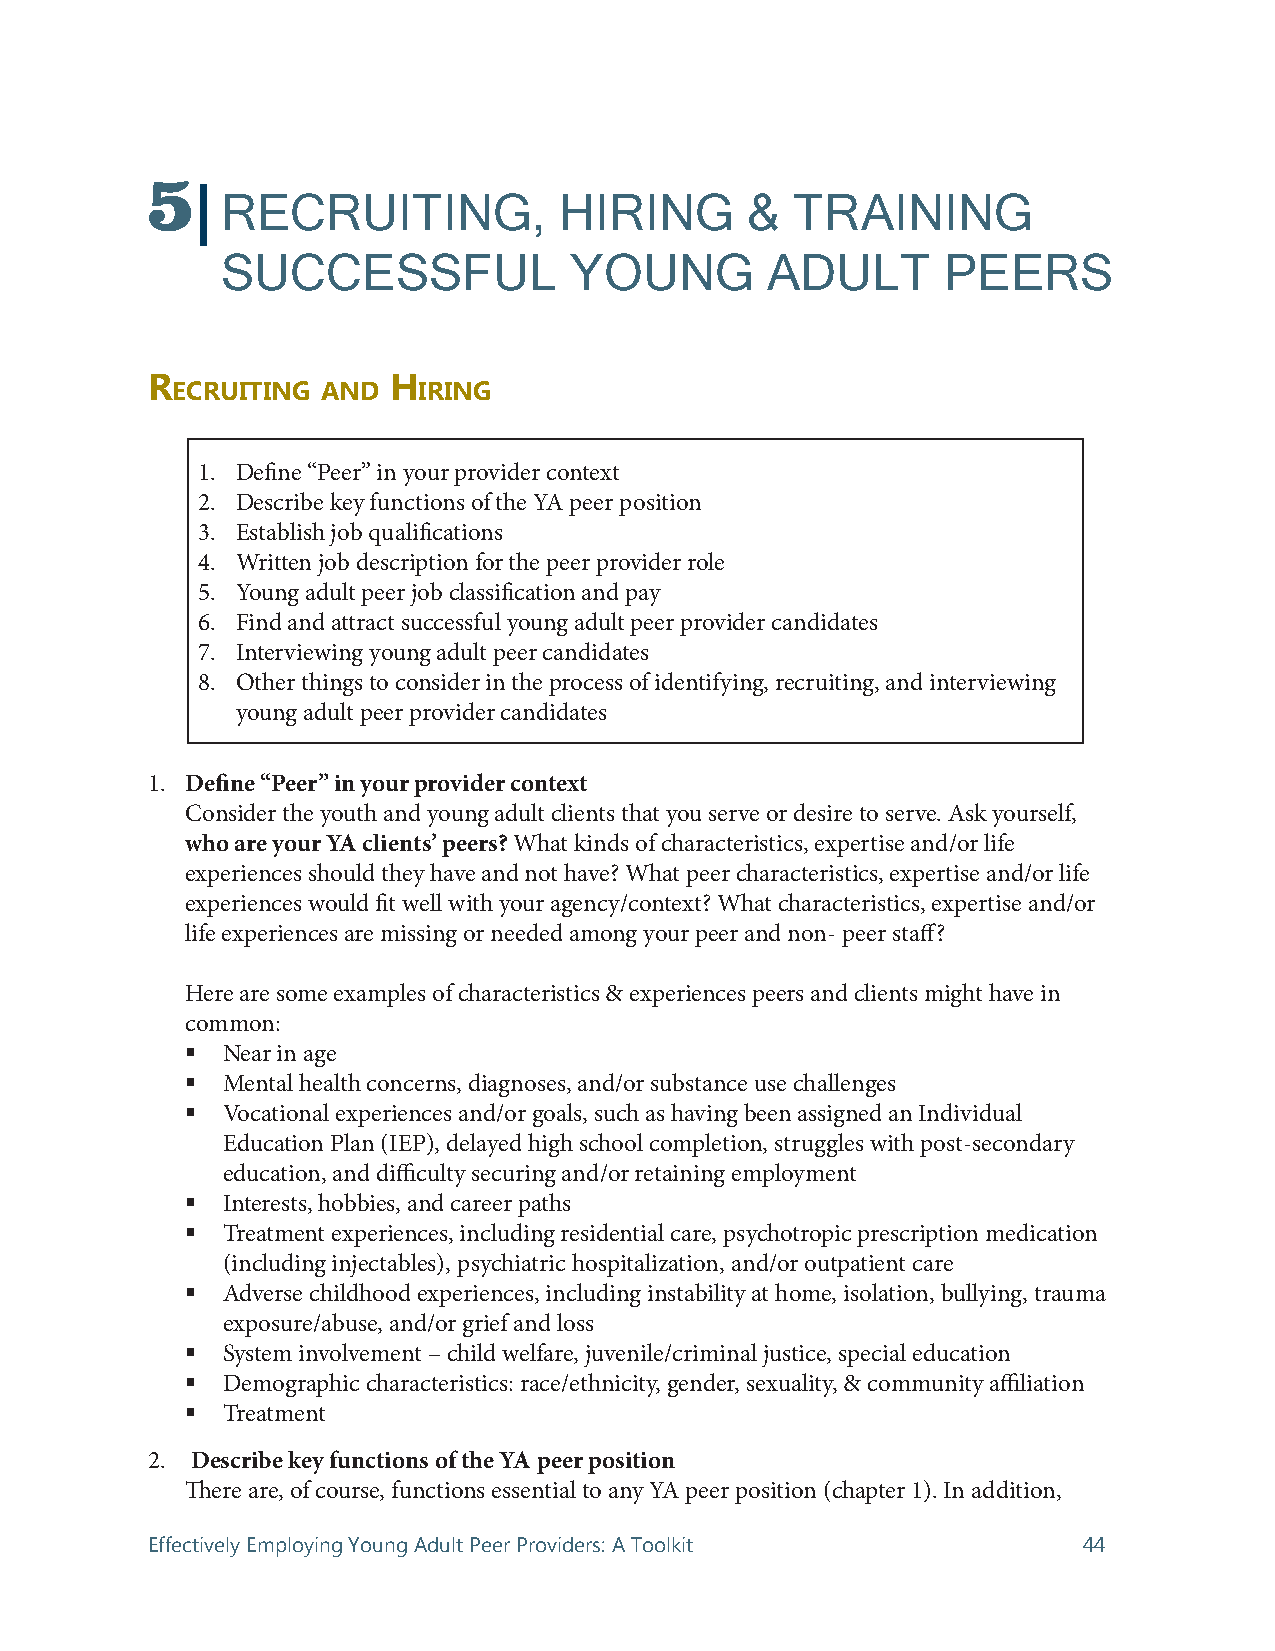
5
 RECRUITING,           HIRING      &   TRAINING
 SUCCESSFUL             YOUNG        ADULT       PEERS
 r               h
 eCruiting And    iring
 1. Define “Peer” in your provider context
 2. Describe key functions of the YA peer position
 3. Establish job qualifications
 4. Written job description for the peer provider role
 5. Young adult peer job classification and pay
 6. Find and attract successful young adult peer provider candidates
 7. Interviewing young adult peer candidates
 8. Other things to consider in the process of identifying, recruiting, and interviewing
 young adult peer provider candidates
 1. Define “Peer” in your provider context
 Consider the youth and young adult clients that you serve or desire to serve. Ask yourself,
 who are your YA clients’ peers? What kinds of characteristics, expertise and/or life
 experiences should they have and not have? What peer characteristics, expertise and/or life
 experiences would fit well with your agency/context? What characteristics, expertise and/or
 life experiences are missing or needed among your peer and non- peer staff?
 Here are some examples of characteristics & experiences peers and clients might have in
 common:
   Near in age
   Mental health concerns, diagnoses, and/or substance use challenges
   Vocational experiences and/or goals, such as having been assigned an Individual
 Education Plan (IEP), delayed high school completion, struggles with post-secondary
 education, and difficulty securing and/or retaining employment
   Interests, hobbies, and career paths
   Treatment experiences, including residential care, psychotropic prescription medication
 (including injectables), psychiatric hospitalization, and/or outpatient care
   Adverse childhood experiences, including instability at home, isolation, bullying, trauma
 exposure/abuse, and/or grief and loss
   System involvement – child welfare, juvenile/criminal justice, special education
   Demographic characteristics: race/ethnicity, gender, sexuality, & community affiliation
   Treatment
 2. Describe key functions of the YA peer position
 There are, of course, functions essential to any YA peer position (chapter 1). In addition,
 Effectively Employing Young Adult Peer Providers: A Toolkit   44